Vaccination report Assam 1874-1896 - 1874-1896
Year: 1874
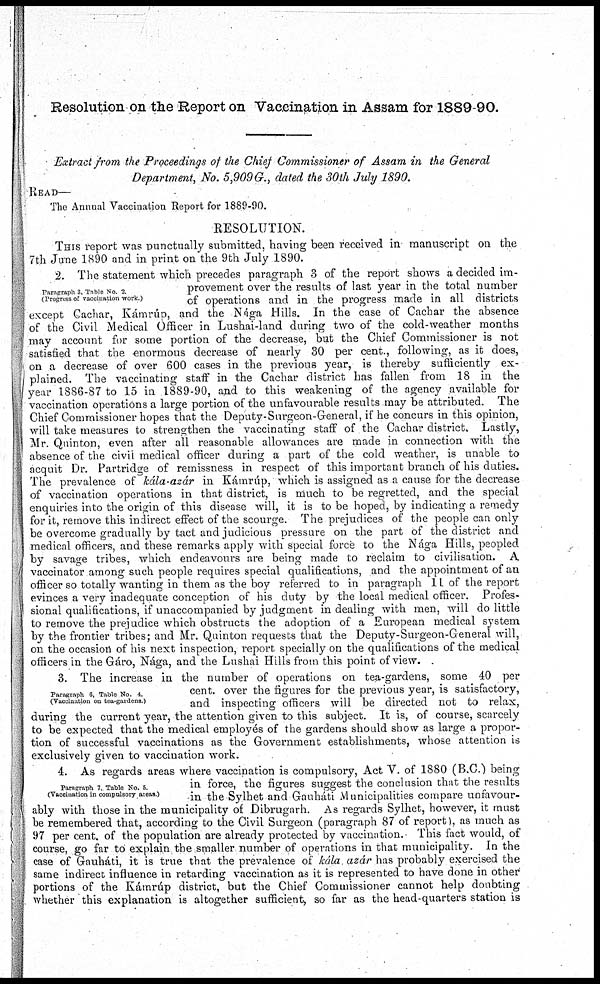
Resolution on the Report on Vaccination in Assam for 1889-90.
Extract from the Proceedings of the Chief Commissioner of Assam in the General
Department, No. 5,909G., dated the 30th July 1890.
READ—
The Annual Vaccination Report for 1889-90.
RESOLUTION.
THIS report was punctually submitted, having been received in manuscript on the
7th June 1890 and in print on the 9th July 1890.
Paragraph 3. Table No 2.
(Progress of vaccination work )
2. The statement which precedes paragraph 3 of the report shows a decided im-
provement over the results of last year in the total number
of operations and in the progress made in all districts
except Cachar, Kámrúp, and the Nága Hills. In the case of Cachar the absence
of the Civil Medical Officer in Lushai-land during two of the cold-weather months
may account for some portion of the decrease, but the Chief Commissioner is not
satisfied that the enormous decrease of nearly 30 per cent., following, as it does,
on a decrease of over 600 cases in the previous year, is thereby sufficiently ex-
plained. The vaccinating staff in the Cachar district has fallen from 18 in the
year 1886-87 to 15 in 1889-90, and to this weakening of the agency available for
vaccination operations a large portion of the unfavourable results may be attributed. The
Chief Commissioner hopes that the Deputy-Surgeon-General, if he concurs in this opinion,
will take measures to strengthen the vaccinating staff of the Cachar district. Lastly,
Mr. Quinton, even after all reasonable allowances are made in connection with the
absence of the civil medical officer during a part of the cold weather, is unable to
acquit Dr. Partridge of remissness in respect of this important branch of his duties.
The prevalence of kála-azár in Kámrúp, which is assigned as a cause for the decrease
of vaccination operations in that district, is much to be regretted, and the special
enquiries into the origin of this disease will, it is to be hoped, by indicating a remedy
for it, remove this indirect effect of the scourge. The prejudices of the people can only
be overcome gradually by tact and judicious pressure on the part of the district and
medical officers, and these remarks apply with special force to the Nága Hills, peopled
by savage tribes, which endeavours are being made to reclaim to civilisation. A
vaccinator among such people requires special qualifications, and the appointment of an
officer so totally wanting in them as the boy referred to in paragraph 11 of the report
evinces a very inadequate conception of his duty by the local medical officer. Profes-
sional qualifications, if unaccompanied by judgment in dealing with men, will do little
to remove the prejudice which obstructs the adoption of a European medical system
by the frontier tribes; and Mr. Quinton requests that the Deputy-Surgeon-General will,
on the occasion of his next inspection, report specially on the qualifications of the medical
officers in the Gáro, Nága, and the Lushai Hills from this point of view.
Paragraph 6, Table No. 4.
(Vaccination on tea-gardens )
3. The increase in the number of operations on tea-gardens, some 40 per
cent. over the figures for the previous year, is satisfactory,
and inspecting officers will be directed not to relax,
during the current year, the attention given to this subject. It is, of course, scarcely
to be expected that the medical employés of the gardens should show as large a propor-
tion of successful vaccinations as the Government establishments, whose attention is
exclusively given to vaccination work.
Paragraph 7. Table No. 5
(Vaccination in compulsory areas.)
4. As regards areas where vaccination is compulsory, Act V. of 1880 (B.C.) being
in force, the figures suggest the conclusion that the results
in the Sylhet and Gauháti Municipalities compare unfavour-
ably with those in the municipality of Dibrugarh. As regards Sylhet, however, it must
be remembered that, according to the Civil Surgeon (paragraph 87 of report), as much as
97 per cent. of the population are already protected by vaccination. This fact would, of
course, go far to explain the smaller number of operations in that municipality. In the
case of Gauháti, it is true that the prevalence of kála, azár has probably exercised the
same indirect influence in retarding vaccination as it is represented to have done in other
portions of the Kámrúp district, but the Chief Commissioner cannot help doubting
whether this explanation is altogether sufficient, so far as the head-quarters station is